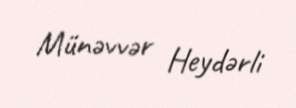
Münəvvər Heydərli